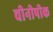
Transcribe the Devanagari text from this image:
चीनीपीक